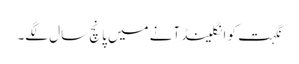
نگہت کو انگلینڈ آنے میں پانچ سال لگے۔